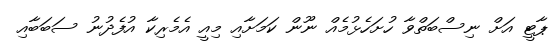
ޕާޓީ އަަށް ނިސްބަތްވާ ހުށަހެޅުމެއް ނޫން ކަމަށާއި މިއީ އެމެރިކާ އުފެދުނު ސަބަބާއި